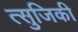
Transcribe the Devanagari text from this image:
त्सुजिकी